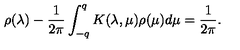
\rho ( \lambda ) - \frac { 1 } { 2 \pi } \int _ { - q } ^ { q } K ( \lambda , \mu ) \rho ( \mu ) d \mu = \frac { 1 } { 2 \pi } .